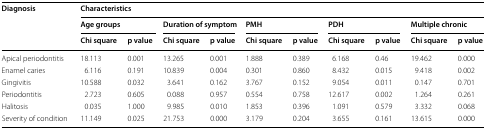
<table><thead><tr><td rowspan="3"><b>Diagnosis</b></td><td colspan="10"><b>Characteristics</b></td></tr><tr><td colspan="2"><b>Age groups</b></td><td colspan="2"><b>Duration of symptom</b></td><td colspan="2"><b>PMH</b></td><td colspan="2"><b>PDH</b></td><td colspan="2"><b>Multiple chronic</b></td></tr><tr><td><b>Chi square</b></td><td><b>p value</b></td><td><b>Chi square</b></td><td><b>p value</b></td><td><b>Chi square</b></td><td><b>p value</b></td><td><b>Chi square</b></td><td><b>p value</b></td><td><b>Chi square</b></td><td><b>p value</b></td></tr></thead><tbody><tr><td>Apical periodontitis</td><td>18.113</td><td>0.001</td><td>13.265</td><td>0.001</td><td>1.888</td><td>0.389</td><td>6.168</td><td>0.46</td><td>19.462</td><td>0.000</td></tr><tr><td>Enamel caries</td><td>6.116</td><td>0.191</td><td>10.839</td><td>0.004</td><td>0.301</td><td>0.860</td><td>8.432</td><td>0.015</td><td>9.418</td><td>0.002</td></tr><tr><td>Gingivitis</td><td>10.588</td><td>0.032</td><td>3.641</td><td>0.162</td><td>3.767</td><td>0.152</td><td>9.054</td><td>0.011</td><td>0.147</td><td>0.701</td></tr><tr><td>Periodontitis</td><td>2.723</td><td>0.605</td><td>0.088</td><td>0.957</td><td>0.554</td><td>0.758</td><td>12.617</td><td>0.002</td><td>1.264</td><td>0.261</td></tr><tr><td>Halitosis</td><td>0.035</td><td>1.000</td><td>9.985</td><td>0.010</td><td>1.853</td><td>0.396</td><td>1.091</td><td>0.579</td><td>3.332</td><td>0.068</td></tr><tr><td>Severity of condition</td><td>11.149</td><td>0.025</td><td>21.753</td><td>0.000</td><td>3.179</td><td>0.204</td><td>3.655</td><td>0.161</td><td>13.615</td><td>0.000</td></tr></tbody></table>